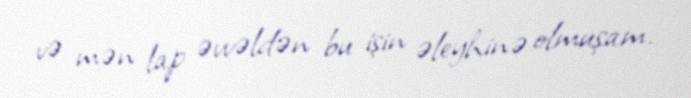
və mən lap əvvəldən bu işin əleyhinə olmuşam.